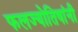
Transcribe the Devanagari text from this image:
फलज्योतिषांनी